Report on the lunatic asylums under the Government of Bombay - 1904-1913
Year: 1904
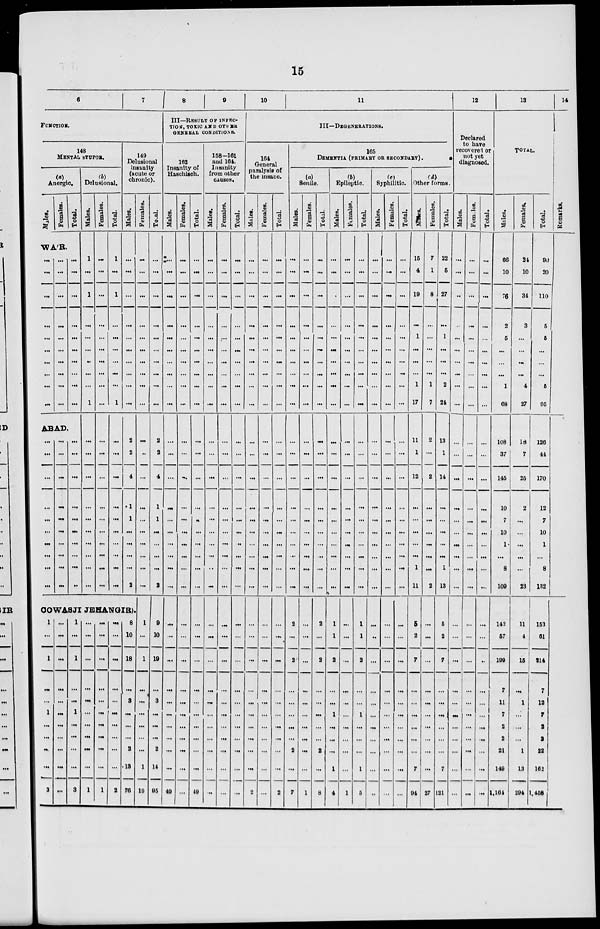
15
6
7
FUNCTION.
148
MENTAL STUPOR.
(a)
Anergic.
Males.
Females. Total.
WA'R.
...
...
...
...
...
...
...
...
...
...
...
...
...
...
...
...
...
...
...
...
...
...
...
...
...
...
...
...
...
...
ABAD.
...
...
...
...
...
...
...
...
...
...
...
...
...
...
...
...
...
...
...
...
...
...
...
...
...
...
...
...
...
...
...
...
...
...
...
...
(b)
Delusional.
Males.
1
...
1
...
...
...
...
...
...
1
...
...
...
...
...
...
...
...
...
...
...
...
Females.
...
...
...
...
...
...
...
...
...
...
...
...
...
...
...
...
...
...
...
...
...
...
Total.
1
...
1
...
...
...
...
...
...
1
...
...
...
...
...
...
...
...
...
...
...
...
149
Delusional
insanity
(acute or
chronic).
Males.
...
...
...
...
...
...
...
...
...
...
2
2
...
4
...
1
1
...
...
...
...
2
COWASJI JEHANGIR).
1
...
1
...
...
...
1
...
...
...
...
3
...
...
...
...
...
...
...
...
...
...
...
...
1
...
1
...
...
...
1
...
...
...
...
3
...
...
...
...
...
...
...
...
...
...
...
1
...
...
...
...
...
...
...
...
...
...
...
1
...
...
...
...
...
...
...
...
...
...
...
2
8
10
18
...
...
3
...
...
...
2
13
76
Females.
...
...
...
...
...
...
...
...
...
...
...
...
...
...
...
...
...
...
...
...
...
...
1
...
1
...
...
...
...
...
...
...
1
19
Total.
...
...
...
...
...
...
...
...
...
...
2
2
...
4
...
1
1
...
...
...
...
2
9
10
19
...
...
3
...
...
...
2
14
95
8
9
III—RESULT OF INFEC-
TION, TOXIC AND OTHER
GENERAL CONDITIONS.
162
Insanity of
Haschisch.
Males.
...
...
...
...
...
...
...
...
...
...
...
...
...
...
...
...
...
...
...
...
...
...
...
...
...
...
...
...
...
...
...
...
...
49
Females.
...
...
...
...
...
...
...
...
...
...
...
...
...
...
...
...
...
...
...
...
...
...
...
...
...
...
...
...
...
...
...
...
...
...
Total.
...
...
...
...
...
...
...
...
...
...
...
...
...
...
...
...
...
...
...
...
...
...
...
...
...
...
...
...
...
...
...
...
...
49
158-161
and 164.
Insanity
from other
causes.
Males.
...
...
...
...
...
...
...
...
...
...
...
...
...
...
...
...
...
...
...
...
...
...
...
...
...
...
...
...
...
...
...
...
...
...
Females.
...
...
...
...
...
...
...
...
...
...
...
...
...
...
...
...
...
...
...
...
...
...
...
...
...
...
...
...
...
...
...
...
...
...
Total.
...
...
...
...
...
...
...
...
...
...
...
...
...
...
...
...
...
...
...
...
...
...
...
...
...
...
...
...
...
...
...
...
...
...
10
11
III—DEGENERATIONS.
164
General
paralysis of
the insane.
Males.
...
...
...
...
...
...
...
...
...
...
...
...
...
...
...
...
...
...
...
...
...
...
...
...
...
...
...
...
...
...
...
...
...
2
Females.
...
...
...
...
...
...
...
...
...
...
...
...
...
...
...
...
...
...
...
...
...
...
...
...
...
...
...
...
...
...
...
...
...
...
Total.
...
...
...
...
...
...
...
...
...
...
...
...
...
...
...
...
...
...
...
...
...
...
...
...
...
...
...
...
...
...
...
...
...
2
165
DEMENTIA(PRIMARY
OR SECONDARY).
(a)
Senile.
Males.
...
...
...
...
...
...
...
...
...
...
...
...
...
...
...
...
...
...
...
...
...
...
2
...
2
...
...
...
...
...
...
2
...
7
Females.
...
...
...
...
...
...
...
...
...
...
...
...
...
...
...
...
...
...
...
...
...
...
...
...
...
...
...
...
...
...
...
...
...
1
Total.
...
...
...
...
...
...
...
...
...
...
...
...
...
...
...
...
...
...
...
...
...
...
2
...
2
...
...
...
...
...
...
2
...
8
(b)
Epileptic.
Males.
...
...
...
...
...
...
...
...
...
...
...
...
...
...
...
...
...
...
...
...
...
...
1
1
2
...
...
...
1
...
...
...
1
4
Females.
...
...
...
...
...
...
...
...
...
...
...
...
...
...
...
...
...
...
...
...
...
...
...
...
...
...
...
...
...
...
...
...
...
1
Total.
...
...
...
...
...
...
...
...
...
...
...
...
...
...
...
...
...
...
...
...
...
...
1
1
2
...
...
...
1
...
...
...
1
5
(c)
Syphilitic.
Males.
...
...
...
...
...
...
...
...
...
...
...
...
...
...
...
...
...
...
...
...
...
...
...
...
...
...
...
...
...
...
...
...
...
...
Females.
...
...
...
...
...
...
...
...
...
...
...
...
...
...
...
...
...
...
...
...
...
...
...
...
...
...
...
...
...
...
...
...
...
...
Total.
...
...
...
...
...
...
...
...
...
...
...
...
...
...
...
...
...
...
...
...
...
...
...
...
...
...
...
...
...
...
...
...
...
...
(d)
Other forms.
Males.
15
4
18
...
1
...
...
...
1
17
11
1
...
12
...
...
...
...
...
...
1
11
5
2
7
...
...
...
...
...
...
...
7
94
Females.
7
1
8
...
...
...
...
...
1
7
2
...
...
2
...
...
...
...
...
...
...
2
...
...
...
...
...
...
...
...
...
...
...
27
Total.
22
5
27
...
1
...
...
...
2
24
13
1
...
14
...
...
...
...
...
...
1
13
5
2
7
...
...
...
...
...
...
...
7
121
12
Declared
to have
recovered or
not yet
diagnosed.
Males.
...
...
...
...
...
...
...
...
...
...
...
...
...
...
...
...
...
...
...
...
...
...
...
...
...
...
...
...
...
...
...
...
...
...
Females.
...
...
...
...
...
...
...
...
...
...
...
...
...
...
...
...
...
...
...
...
...
...
...
...
...
...
...
...
...
...
...
...
...
...
Total.
...
...
...
...
...
...
...
...
...
...
...
...
...
...
...
...
...
...
...
...
...
...
...
...
...
...
...
...
...
...
...
...
...
...
13
TOTAL.
Males.
66
10
76
2
5
...
...
...
1
68
108
37
...
145
...
10
7
10
1
...
8
109
142
57
199
...
7
11
7
2
2
21
149
1,164
Females.
24
10
34
3
...
...
...
...
4
27
18
7
...
25
...
2
...
...
...
...
...
23
11
4
15
...
...
1
...
...
...
1
13
294
Total.
90
20
110
5
5
...
...
...
5
95
126
44
...
170
...
12
7
10
1
...
8
132
153
61
214
...
7
12
7
2
2
22
162
1,458
14
Remarks.